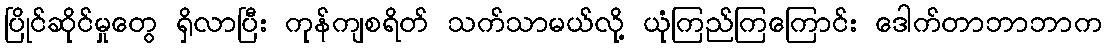
ပြိုင်ဆိုင်မှုတွေ ရှိလာပြီး ကုန်ကျစရိတ် သက်သာမယ်လို့ ယုံကြည်ကြကြောင်း ဒေါက်တာဘာဘာက